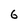
Character: 6